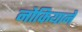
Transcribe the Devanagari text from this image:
नोकियाने